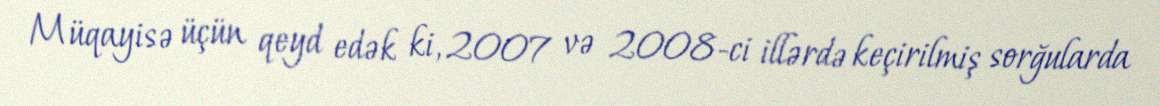
Müqayisə üçün qeyd edək ki, 2007 və 2008-ci illərdə keçirilmiş sorğularda